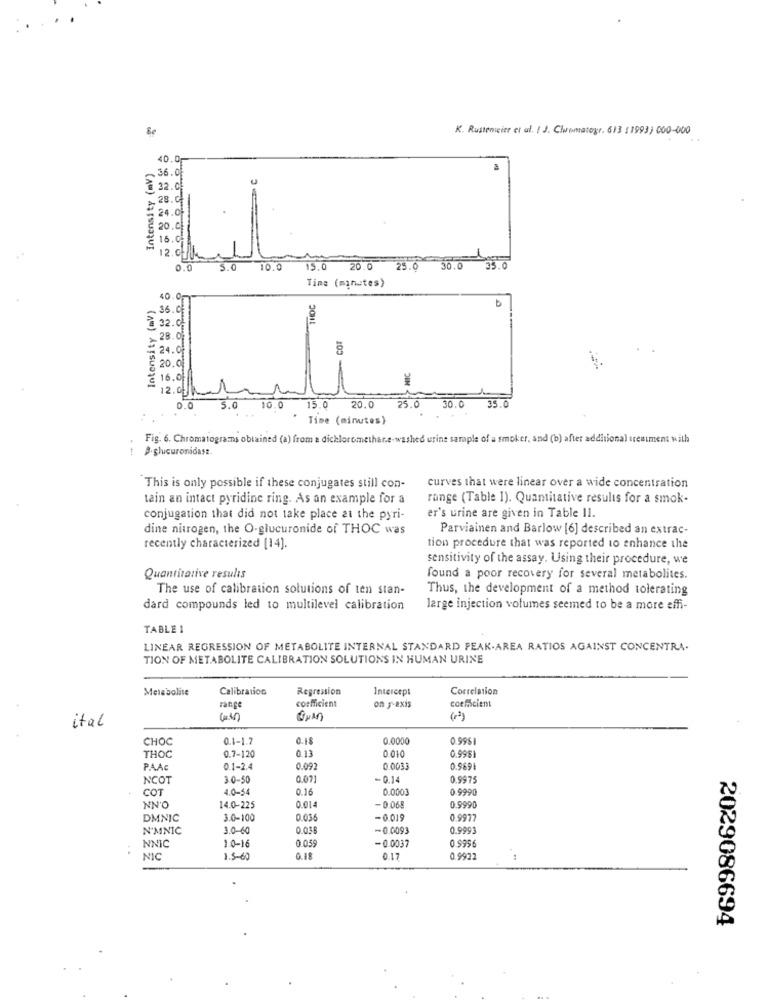
Be
K. Rustenicier et al. [ ]. Chromatogr. 613 [1993) 000-000
Intensity (av)
40.
6.0
32.0
_ 28.
24.0
20.01
16.0
12. ct
30.0
0.0
5.0
10.0
19.0
20.0
25.0
Time (minutes)
Intensity (av)
40.0
THOC
36.
32
28.
COT
24.0
20.
NIC
16.
12.0
25.0
30.0
35.0
0.0
5.0
10
0
15.0
20.0
Time (minutes)
Fig. 6. Chromatograms obtained (a) from a dichloromethane-washed urine sample of a smoker, and (b) after additional tresiment with
t B.glucuronidast.
This is only possible if these conjugates still con-
curves that were linear over a wide concentration
tain an intact pyridine ring. As an example for a
range (Table 1). Quantitative results for a smok-
er's urine are given in Table Il.
conjugation that did not take place at the pyri-
dine nitrogen, the O-glucuronide of THOC was
Parviainen and Barlow [6] described an extrac-
recently characterized [14].
tion procedure that was reported to enhance the
sensitivity of the assay. Using their procedure, we
Quantitative results
found a poor recovery for several metabolites.
The use of calibration solutions of ten stan-
Thus, the development of a method tolerating
dard compounds led to multilevel calibration
large injection volumes seemed to be a more effi-
TABLE 1
LINEAR REGRESSION OF METABOLITE INTERNAL STANDARD PEAK-AREA RATIOS AGAINST CONCENTRA.
TION OF METABOLITE CALIBRATION SOLUTIONS IN HUMAN URINE
Metabolite
Calibration
Regression
Intercept
Correlation
coefficient
coefScient
range
on y-axis
ital
CHOC
0.1-17
0.18
0.0000
0.99$1
0.998
THOC
0.7-120
0.13
0.010
P.A.Ac
0.1-2.4
0.09
0.0033
0.9691
NCOT
3.0-50
0.071
-0.14
0.9975
COT
4.0-54
0.16
0.0003
0.9990
NN'O
14.0-225
0.014
-0.068
0.9990
DMNIC
3.0-100
0.036
-0.019
0.9977
N'MNIC
30-60
0.035
-0.0093
0.9993
NNIC
0.05
..
10-16
-0.0037
NIC
5-60
0.18
0.17
0 9922
2029086694